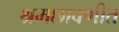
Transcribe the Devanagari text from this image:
श्रमछावणीत